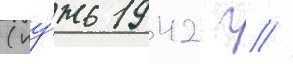
(иу́нь 1942 г //